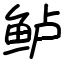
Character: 鲈